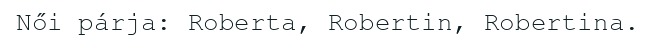
Női párja: Roberta, Robertin, Robertina.